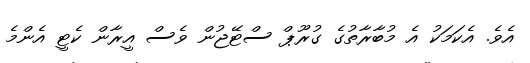
އެވެ. އެކަމަކު އެ މުބާރާތުގެ ގުރޫޕް ސްޓޭޖުން ވެސް އީރާން ކެޓީ އެންމެ